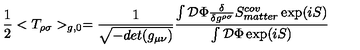
{ \frac { 1 } { 2 } } < T _ { \rho \sigma } > _ { g , 0 } = { \frac { 1 } { \sqrt { - d e t ( g _ { \mu \nu } ) } } } \frac { \int { \cal D } \Phi { \frac { \delta } { \delta g ^ { \rho \sigma } } } S _ { m a t t e r } ^ { c o v } \exp ( i S ) } { \int { \cal D } \Phi \exp ( i S ) }